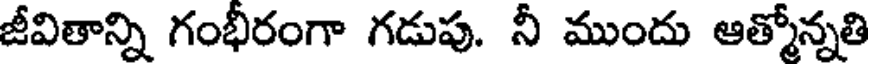
జీవితాన్ని గంభీరంగా గడుపు. నీ ముందు ఆత్మోన్నతి